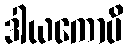
ဒါယကောပိ